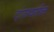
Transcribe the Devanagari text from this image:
ट्रांसवर्सल